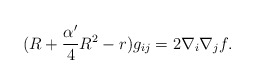
\begin{align*}(R+\frac{\alpha'}{4}R^2-r)g_{ij}=2\nabla_i\nabla_j f.\end{align*}